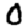
Digit: 0